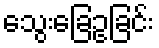
သွေးခြေဥခြင်း